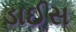
ડાઈસ